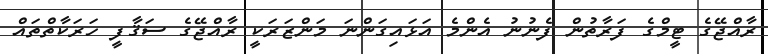
ރާއްޖޭގެ ޓީމްގެ ފަރާތުން ފެނުނު އެންމެ އަޅައިގަންނަ މަންޒަރަކީ ރާއްޖޭގެ ސަޤާފީ ހަރަކާތްތައް